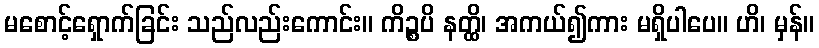
မစောင့်ရှောက်ခြင်း သည်လည်းကောင်း။ ကိဉ္စပိ နတ္ထိ၊ အကယ်၍ကား မရှိပါပေ။ ဟိ၊ မှန်။